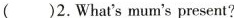
( )2.What's mum's present?